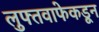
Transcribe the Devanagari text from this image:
लुफ्तवाफेकडून